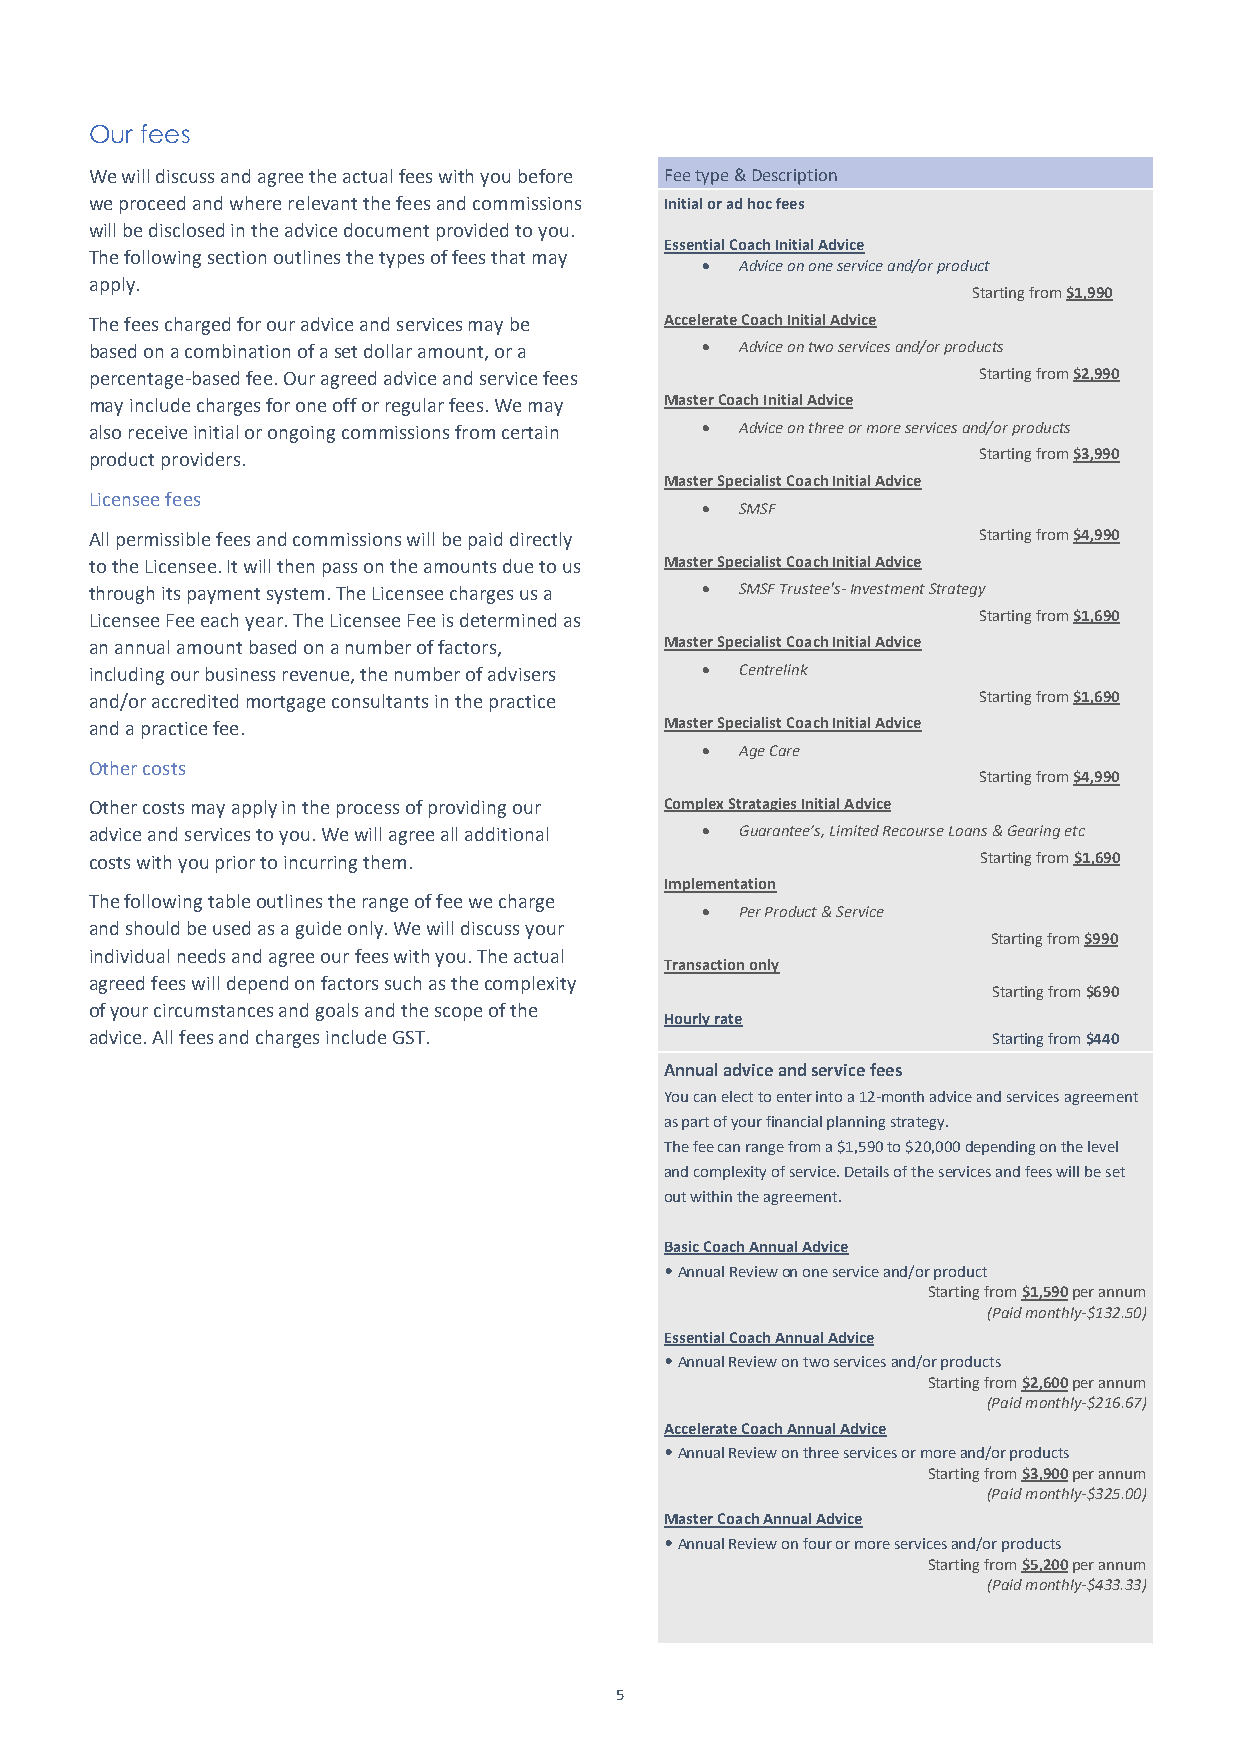
Our fees
 We will discuss and agree the actual fees with you before Fee type & Description
 we proceed and where relevant the fees and commissions Initial or ad hoc fees
 will be disclosed in the advice document provided to you.
 Essential Coach Initial Advice
 The following section outlines the types of fees that may
 •  Advice on one service and/or product
 apply.
 Starting from $1,990
 The fees charged for our advice and services may be Accelerate Coach Initial Advice
 based on a combination of a set dollar amount, or a • Advice on two services and/or products
 percentage-based fee. Our agreed advice and service fees   Starting from $2,990
 may include charges for one off or regular fees. We may Master Coach Initial Advice
 also receive initial or ongoing commissions from certain • Advice on three or more services and/or products
 product providers.                                         Starting from $3,990
 Master Specialist Coach Initial Advice
 Licensee fees
 •  SMSF
 All permissible fees and commissions will be paid directly Starting from $4,990
 to the Licensee. It will then pass on the amounts due to us Master Specialist Coach Initial Advice
 through its payment system. The Licensee charges us a • SMSF Trustee's- Investment Strategy
 Licensee Fee each year. The Licensee Fee is determined as  Starting from $1,690
 an annual amount based on a number of factors, Master Specialist Coach Initial Advice
 including our business revenue, the number of advisers • Centrelink
 and/or accredited mortgage consultants in the practice     Starting from $1,690
 and a practice fee.                   Master Specialist Coach Initial Advice
 •  Age Care
 Other costs
 Starting from $4,990
 Other costs may apply in the process of providing our Complex Stratagies Initial Advice
 advice and services to you. We will agree all additional • Guarantee’s, Limited Recourse Loans & Gearing etc
 costs with you prior to incurring them.                    Starting from $1,690
 Implementation
 The following table outlines the range of fee we charge
 •  Per Product & Service
 and should be used as a guide only. We will discuss your
 Starting from $990
 individual needs and agree our fees with you. The actual
 Transaction only
 agreed fees will depend on factors such as the complexity
 Starting from $690
 of your circumstances and goals and the scope of the
 Hourly rate
 advice. All fees and charges include GST.                   Starting from $440
 Annual advice and service fees
 You can elect to enter into a 12-month advice and services agreement
 as part of your financial planning strategy.
 The fee can range from a $1,590 to $20,000 depending on the level
 and complexity of service. Details of the services and fees will be set
 out within the agreement.
 Basic Coach Annual Advice
 • Annual Review on one service and/or product
 Starting from $1,590 per annum
 (Paid monthly-$132.50)
 Essential Coach Annual Advice
 • Annual Review on two services and/or products
 Starting from $2,600 per annum
 (Paid monthly-$216.67)
 Accelerate Coach Annual Advice
 • Annual Review on three services or more and/or products
 Starting from $3,900 per annum
 (Paid monthly-$325.00)
 Master Coach Annual Advice
 • Annual Review on four or more services and/or products
 Starting from $5,200 per annum
 (Paid monthly-$433.33)
 5